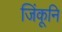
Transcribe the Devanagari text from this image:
जिंकूनि